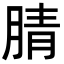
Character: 腈